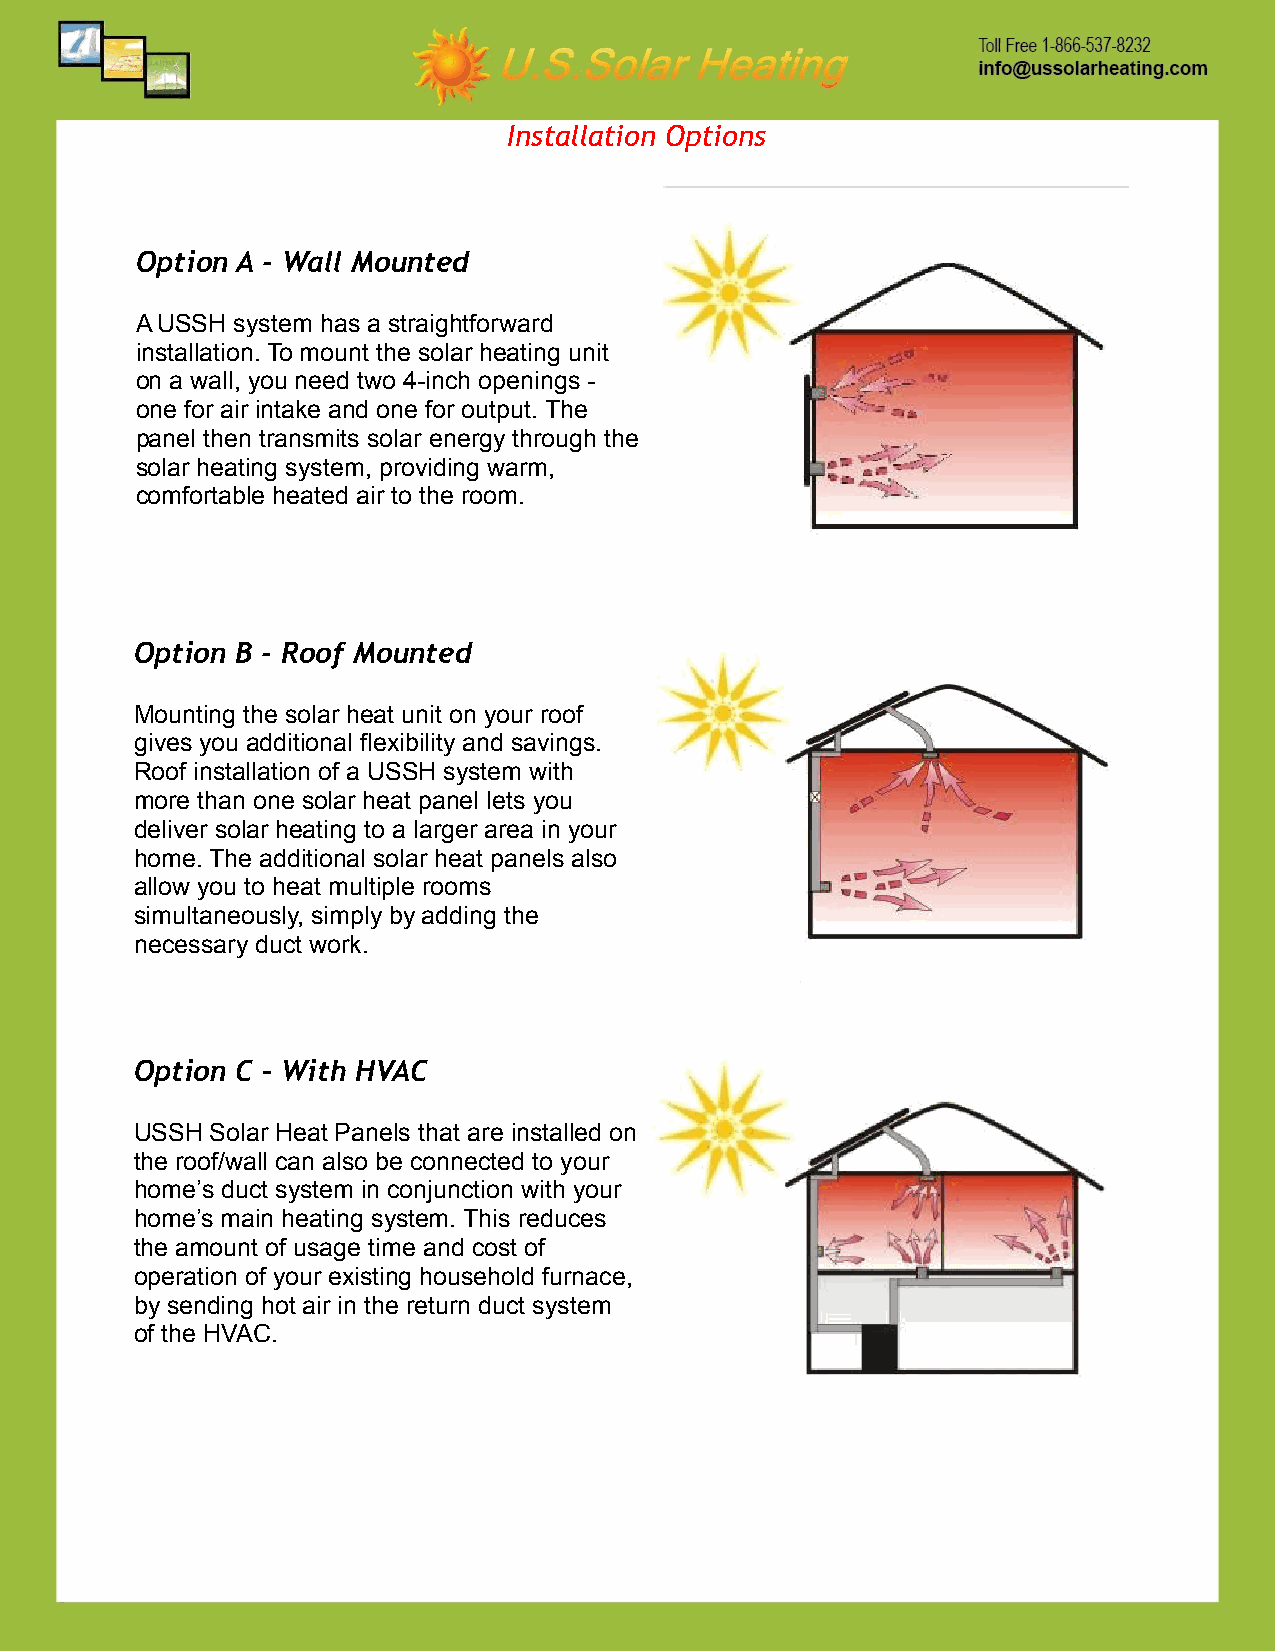
Installation Options
 Option A - Wall Mounted
 A USSH system has a straightforward
 installation. To mount the solar heating unit
 on a wall, you need two 4-inch openings -
 one for air intake and one for output. The
 panel then transmits solar energy through the
 solar heating system, providing warm,
 comfortable heated air to the room.
 Option B - Roof Mounted
 Mounting the solar heat unit on your roof
 gives you additional flexibility and savings.
 Roof installation of a USSH system with
 more than one solar heat panel lets you
 deliver solar heating to a larger area in your
 home. The additional solar heat panels also
 allow you to heat multiple rooms
 simultaneously, simply by adding the
 necessary duct work.
 Option C – With HVAC
 USSH Solar Heat Panels that are installed on
 the roof/wall can also be connected to your
 home’s duct system in conjunction with your
 home’s main heating system. This reduces
 the amount of usage time and cost of
 operation of your existing household furnace,
 by sending hot air in the return duct system
 of the HVAC.